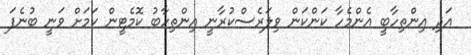
އަދި އިންތިހާބީ އެންމެހާ ކަންކަން ވިލަރެސްކުރާނީ އިންތިހާބު ކޮމެޓީން ކަމަށް ވަނީ ބުނެފަ